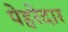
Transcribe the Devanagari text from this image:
पेहरेदार